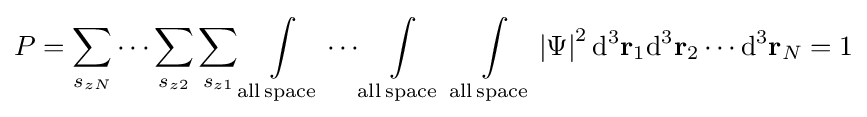
P=\sum _{s_{zN}}\cdots \sum _{s_{z2}}\sum _{s_{z1}}\int \limits _{\mathrm {all\,space} }\cdots \int \limits _{\mathrm {all\,space} }\;\int \limits _{\mathrm {all\,space} }\left|\Psi \right|^{2}\mathrm {d} ^{3}\mathbf {r} _{1}\mathrm {d} ^{3}\mathbf {r} _{2}\cdots \mathrm {d} ^{3}\mathbf {r} _{N}=1\,\!